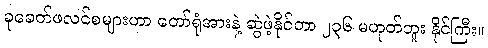
ခုခေတ်ဖလင်စများဟာ တော်ရုံအားနဲ့ ဆွဲဖဲ့နိုင်တာ ၂၃၆ မဟုတ်ဘူး နိုင်ကြီး။